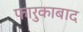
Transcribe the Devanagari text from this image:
फारुकाबाद